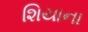
શિયાના